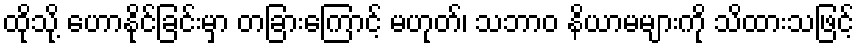
ထိုသို့ ဟောနိုင်ခြင်းမှာ တခြားကြောင့် မဟုတ်၊ သဘာဝ နိယာမများကို သိထားသဖြင့်